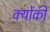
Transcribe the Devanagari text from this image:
क्‍योंकी